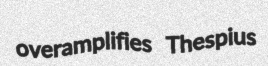
overamplifies Thespius